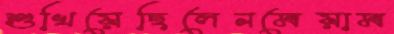
শুখিয়েছিলেনমেয়াম